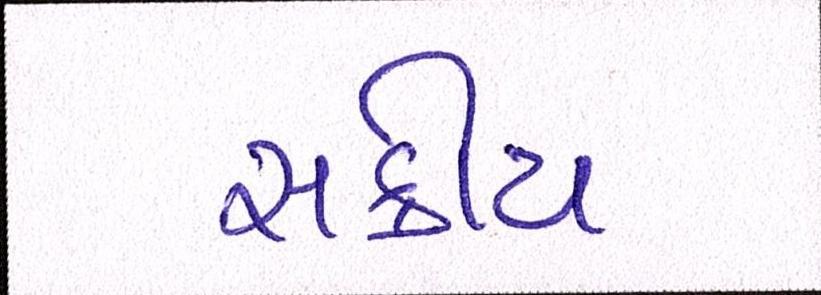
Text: સક્રીય